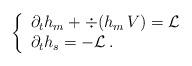
LaTeX: \begin{align*} \left\{ \begin{array}{l} \partial_t h_m + \div (h_m \, V ) = \mathcal{L} \\ \partial_t h_s = - \mathcal{L} \,. \end{array} \right.\end{align*}